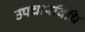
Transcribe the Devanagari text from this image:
उपचारविधि